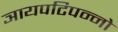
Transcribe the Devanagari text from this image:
ञायपटिपन्नो